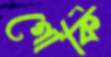
গোর্কি